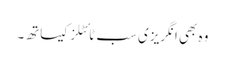
وہ بھی انگریزی سب ٹائٹلز کیساتھ۔